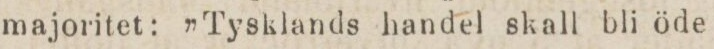
majoritet: ”Tysklands handel skall bli öde